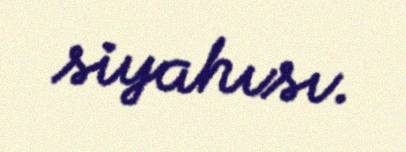
siyahısı.